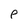
Character: e